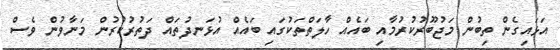
އަޅައިގެން ތިބުން މަޖުބޫރުކުރުމާއި ބައެއް ހާލަތްތަކުގައި ބައެއް އުޅަނދުތައް ދަތުރުކުރުން މަނާވުން ވެސް